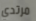
مرتدي